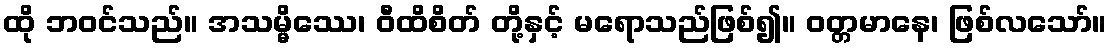
ထို ဘဝင်သည်။ အသမ္မိဿေ၊ ဝီထိစိတ် တို့နှင့် မရောသည်ဖြစ်၍။ ဝတ္တမာနေ၊ ဖြစ်လသော်။